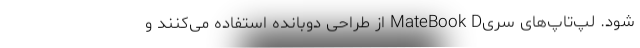
شود. لپ‌تاپ‌های سریMateBook D از طراحی دوبانده استفاده می‌کنند و